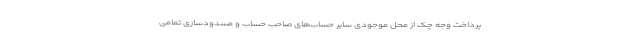
پرداخت وجه چک از محل موجودی سایر حساب‌های صاحب حساب و مسدودسازی تمامی